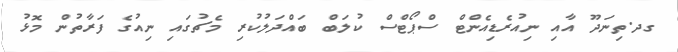
ގދ.ތިނަދޫ އާއި ނިއުރެޑިއެންޓް ސްޕޯޓްސް ކުލަބް ބައްދަލުކުރި މެޗުގައި ނިއުގެ ފަރާތުން މޮޅު